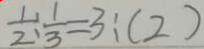
\frac { 1 } { 2 } : \frac { 1 } { 3 } = 3 : ( 2 )